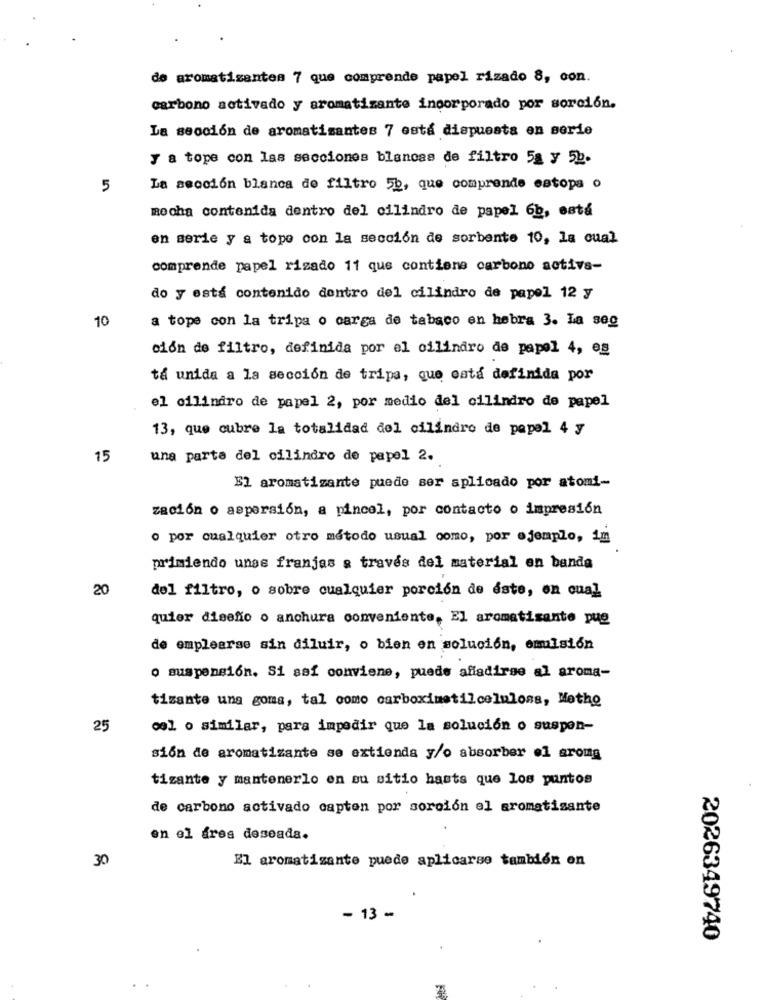
de aromatizantes 7 que comprende papel rizado 8, con.
carbono activado y aromatizante incorporado por sorción.
La sección de aromatisantes 7 está dispuesta en serie
y a tope con las secciones blancas de filtro 5g y 5b.
5
La sección blanca de filtro 5b, que comprende estopa o
mocha contenida dentro del cilindro de papel 6b, está
en serie y a topo con la sección de sorbente 10, la cual
comprende papel rizado 11 que contiene carbono activa-
do y esta contenido dentro del cilindro de papel 12 y
10
a tope con la tripa o carga de tabaco en hebra 3. La seg
ción de filtro, definida por el cilindro de papel 4, es
ta unida a la sección de tripa, que esta definida por
el cilindro de papel 2, por medio del cilindro de papel
13, que cubre la totalidad del cilindro de papel 4 y
15
una parte del cilindro de papel 2.
El aromatizante puede ser aplicado por atomi-
zación o aspersión, a pincel, por contacto o impresión
o por cualquier otro método usual como, por ejemplo, 1m
primiendo unss franjas a través del material en banda
20
del filtro, o sobre cualquier porción de éste, en cual
quier diseño o anchura conveniente, El aromatisante pue
de emplearse sin diluir, o bien en solución, emulsión
o suspensión. Si saf conviene, puede añadirse al aroma-
tizante ung goma, tal como carboximetilcelulosa, Methe
25
cel o similar, para impedir que la solución o suspen-
sión de aromatizante se extienda y/o absorber el aroma
tizante y mantenerlo en su sitio hasta que los puntos
de carbono activado capten por sorción el aromatisante
en el fres deseada.
30
El aromatizante puede aplicarse también on
- 13 -
2026349740